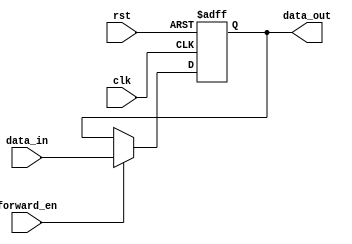
module ForwardingRegister (
    input wire clk,            // Clock signal
    input wire rst,            // Reset signal
    input wire [31:0] data_in, // Input data (32-bit)
    input wire forward_en,     // Forward Enable signal
    output reg [31:0] data_out  // Output data (32-bit)
);

    // Always block triggered on the rising edge of the clock
    always @(posedge clk or posedge rst) begin
        if (rst) begin
            // When reset is asserted, set data_out to zero
            data_out <= 32'b0;
        end else if (forward_en) begin
            // If Forward Enable is high, capture the input data
            data_out <= data_in;
        end
        // If forward_en is low, retain the previous value of data_out
    end

endmodule